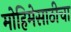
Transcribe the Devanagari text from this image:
मोहिमेसाठीचा